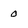
Character: 0